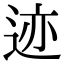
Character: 迹